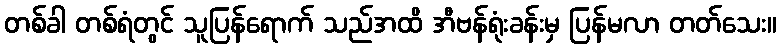
တစ်ခါ တစ်ရံတွင် သူပြန်ရောက် သည်အထိ အီဗန်ရုံးခန်းမှ ပြန်မလာ တတ်သေး။